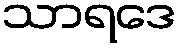
သာရဒေ